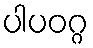
ပါပဝဂ္ဂ